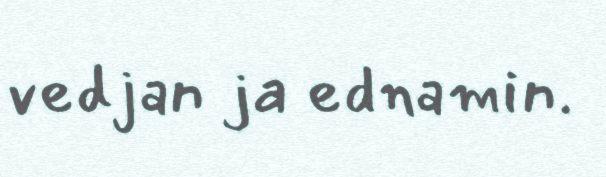
vedjan ja ednamin.